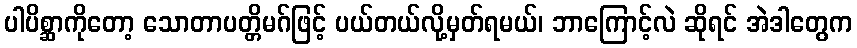
ပါပိစ္ဆာကိုတော့ သောတာပတ္တိမဂ်ဖြင့် ပယ်တယ်လို့မှတ်ရမယ်၊ ဘာကြောင့်လဲ ဆိုရင် အဲဒါတွေက